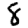
Digit: 8